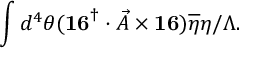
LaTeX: \int d ^ { 4 } \theta ( { \bf \vec { 1 6 } } ^ { \dag } \cdot \vec { A } \times { \bf \vec { 1 6 } } ) \overline { { { \eta } } } \eta / \Lambda .